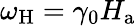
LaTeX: \omega_{\mathrm{H}}=\gamma_{0}H_{\mathrm{a}}